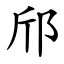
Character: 邤